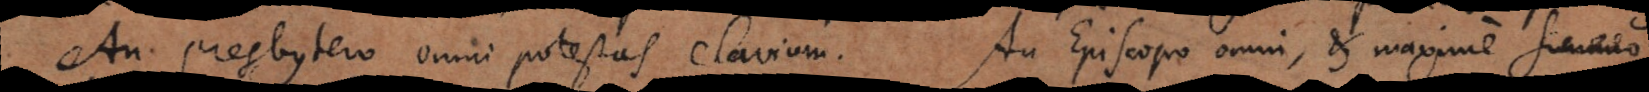
An Presbytero omni potestas clavium. An Episcopo omni, et maxime alicui